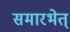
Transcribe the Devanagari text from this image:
समारभेत्